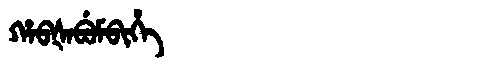
Manchu: ᡥᠠᠪᡧᠠᠪᡠᠮᠪᡳᡥᡝ
Romanization: HABŠABUMBIHE